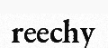
reechy